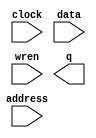
// megafunction wizard: %RAM: 1-PORT%VBB%
// GENERATION: STANDARD
// VERSION: WM1.0
// MODULE: altsyncram 

// ============================================================
// Megafunction Name(s):
// 			altsyncram
//
// Simulation Library Files(s):
// 			altera_mf
// ============================================================
// ************************************************************
// THIS IS A WIZARD-GENERATED FILE. DO NOT EDIT THIS FILE!
//
// 14.0.0 Build 200 06/17/2014 SJ Full Version
// ************************************************************

//Copyright (C) 1991-2014 Altera Corporation. All rights reserved.
//Your use of Altera Corporation's design tools, logic functions 
//and other software and tools, and its AMPP partner logic 
//functions, and any output files from any of the foregoing 
//(including device programming or simulation files), and any 
//associated documentation or information are expressly subject 
//to the terms and conditions of the Altera Program License 
//Subscription Agreement, the Altera Quartus II License Agreement,
//the Altera MegaCore Function License Agreement, or other 
//applicable license agreement, including, without limitation, 
//that your use is for the sole purpose of programming logic 
//devices manufactured by Altera and sold by Altera or its 
//authorized distributors.  Please refer to the applicable 
//agreement for further details.

module cnn_inst_ram_shadow (
	address,
	clock,
	data,
	wren,
	q);

	input	[9:0]  address;
	input	  clock;
	input	[127:0]  data;
	input	  wren;
	output	[127:0]  q;
`ifndef ALTERA_RESERVED_QIS
// synopsys translate_off
`endif
	tri1	  clock;
`ifndef ALTERA_RESERVED_QIS
// synopsys translate_on
`endif

endmodule

// ============================================================
// CNX file retrieval info
// ============================================================
// Retrieval info: PRIVATE: ADDRESSSTALL_A NUMERIC "0"
// Retrieval info: PRIVATE: AclrAddr NUMERIC "0"
// Retrieval info: PRIVATE: AclrByte NUMERIC "0"
// Retrieval info: PRIVATE: AclrData NUMERIC "0"
// Retrieval info: PRIVATE: AclrOutput NUMERIC "0"
// Retrieval info: PRIVATE: BYTE_ENABLE NUMERIC "0"
// Retrieval info: PRIVATE: BYTE_SIZE NUMERIC "8"
// Retrieval info: PRIVATE: BlankMemory NUMERIC "1"
// Retrieval info: PRIVATE: CLOCK_ENABLE_INPUT_A NUMERIC "0"
// Retrieval info: PRIVATE: CLOCK_ENABLE_OUTPUT_A NUMERIC "0"
// Retrieval info: PRIVATE: Clken NUMERIC "0"
// Retrieval info: PRIVATE: DataBusSeparated NUMERIC "1"
// Retrieval info: PRIVATE: IMPLEMENT_IN_LES NUMERIC "0"
// Retrieval info: PRIVATE: INIT_FILE_LAYOUT STRING "PORT_A"
// Retrieval info: PRIVATE: INIT_TO_SIM_X NUMERIC "0"
// Retrieval info: PRIVATE: INTENDED_DEVICE_FAMILY STRING "Cyclone V"
// Retrieval info: PRIVATE: JTAG_ENABLED NUMERIC "1"
// Retrieval info: PRIVATE: JTAG_ID STRING "inst"
// Retrieval info: PRIVATE: MAXIMUM_DEPTH NUMERIC "0"
// Retrieval info: PRIVATE: MIFfilename STRING ""
// Retrieval info: PRIVATE: NUMWORDS_A NUMERIC "1024"
// Retrieval info: PRIVATE: RAM_BLOCK_TYPE NUMERIC "0"
// Retrieval info: PRIVATE: READ_DURING_WRITE_MODE_PORT_A NUMERIC "3"
// Retrieval info: PRIVATE: RegAddr NUMERIC "1"
// Retrieval info: PRIVATE: RegData NUMERIC "1"
// Retrieval info: PRIVATE: RegOutput NUMERIC "1"
// Retrieval info: PRIVATE: SYNTH_WRAPPER_GEN_POSTFIX STRING "0"
// Retrieval info: PRIVATE: SingleClock NUMERIC "1"
// Retrieval info: PRIVATE: UseDQRAM NUMERIC "1"
// Retrieval info: PRIVATE: WRCONTROL_ACLR_A NUMERIC "0"
// Retrieval info: PRIVATE: WidthAddr NUMERIC "10"
// Retrieval info: PRIVATE: WidthData NUMERIC "128"
// Retrieval info: PRIVATE: rden NUMERIC "0"
// Retrieval info: LIBRARY: altera_mf altera_mf.altera_mf_components.all
// Retrieval info: CONSTANT: CLOCK_ENABLE_INPUT_A STRING "BYPASS"
// Retrieval info: CONSTANT: CLOCK_ENABLE_OUTPUT_A STRING "BYPASS"
// Retrieval info: CONSTANT: INTENDED_DEVICE_FAMILY STRING "Cyclone V"
// Retrieval info: CONSTANT: LPM_HINT STRING "ENABLE_RUNTIME_MOD=YES,INSTANCE_NAME=inst"
// Retrieval info: CONSTANT: LPM_TYPE STRING "altsyncram"
// Retrieval info: CONSTANT: NUMWORDS_A NUMERIC "1024"
// Retrieval info: CONSTANT: OPERATION_MODE STRING "SINGLE_PORT"
// Retrieval info: CONSTANT: OUTDATA_ACLR_A STRING "NONE"
// Retrieval info: CONSTANT: OUTDATA_REG_A STRING "CLOCK0"
// Retrieval info: CONSTANT: POWER_UP_UNINITIALIZED STRING "FALSE"
// Retrieval info: CONSTANT: READ_DURING_WRITE_MODE_PORT_A STRING "NEW_DATA_NO_NBE_READ"
// Retrieval info: CONSTANT: WIDTHAD_A NUMERIC "10"
// Retrieval info: CONSTANT: WIDTH_A NUMERIC "128"
// Retrieval info: CONSTANT: WIDTH_BYTEENA_A NUMERIC "1"
// Retrieval info: USED_PORT: address 0 0 10 0 INPUT NODEFVAL "address[9..0]"
// Retrieval info: USED_PORT: clock 0 0 0 0 INPUT VCC "clock"
// Retrieval info: USED_PORT: data 0 0 128 0 INPUT NODEFVAL "data[127..0]"
// Retrieval info: USED_PORT: q 0 0 128 0 OUTPUT NODEFVAL "q[127..0]"
// Retrieval info: USED_PORT: wren 0 0 0 0 INPUT NODEFVAL "wren"
// Retrieval info: CONNECT: @address_a 0 0 10 0 address 0 0 10 0
// Retrieval info: CONNECT: @clock0 0 0 0 0 clock 0 0 0 0
// Retrieval info: CONNECT: @data_a 0 0 128 0 data 0 0 128 0
// Retrieval info: CONNECT: @wren_a 0 0 0 0 wren 0 0 0 0
// Retrieval info: CONNECT: q 0 0 128 0 @q_a 0 0 128 0
// Retrieval info: GEN_FILE: TYPE_NORMAL cnn_inst_ram_shadow.v TRUE
// Retrieval info: GEN_FILE: TYPE_NORMAL cnn_inst_ram_shadow.inc FALSE
// Retrieval info: GEN_FILE: TYPE_NORMAL cnn_inst_ram_shadow.cmp FALSE
// Retrieval info: GEN_FILE: TYPE_NORMAL cnn_inst_ram_shadow.bsf FALSE
// Retrieval info: GEN_FILE: TYPE_NORMAL cnn_inst_ram_shadow_inst.v FALSE
// Retrieval info: GEN_FILE: TYPE_NORMAL cnn_inst_ram_shadow_bb.v TRUE
// Retrieval info: LIB_FILE: altera_mf